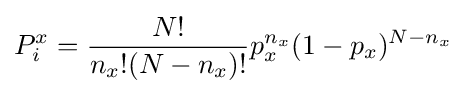
P_{i}^{x}={\frac {N!}{n_{x}!(N-n_{x})!}}p_{x}^{n_{x}}(1-p_{x})^{N-n_{x}}